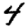
Digit: 4